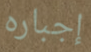
إجباره